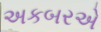
અકબરએ